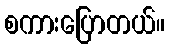
စကားပြောတယ်။